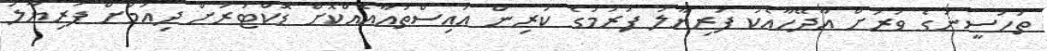
ތަހުސީނުގެ ވަރަށް އާދޭހާއެކު ފަރިޔާލު ފުރުމުގެ ކުރިން އައިސްތުއާއެއްކޮށް ޑޮކްޓަރަށް ދިއުމަށް ފަރިޔާލު